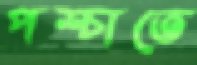
পশ্চাতে